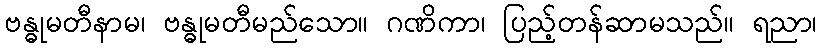
ဗန္ဓုမတီနာမ၊ ဗန္ဓုမတီမည်သော။ ဂဏိကာ၊ ပြည့်တန်ဆာမသည်။ ရညာ၊